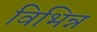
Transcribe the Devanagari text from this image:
विभिन्न